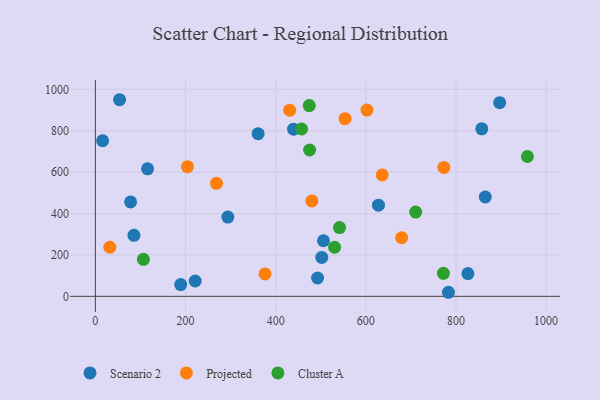
{"axis": {"x": "Speed", "y": "Rating"}, "legend": ["Cluster A", "Projected", "Scenario 2"], "data": [{"x": "189.3", "y": 56.6, "type": "Scenario 2"}, {"x": "221.4", "y": 74.2, "type": "Scenario 2"}, {"x": "293.8", "y": 382.8, "type": "Scenario 2"}, {"x": "857.3", "y": 809.5, "type": "Scenario 2"}, {"x": "115.8", "y": 616.3, "type": "Scenario 2"}, {"x": "826.6", "y": 110.1, "type": "Scenario 2"}, {"x": "78.1", "y": 456.3, "type": "Scenario 2"}, {"x": "16.1", "y": 751.8, "type": "Scenario 2"}, {"x": "85.6", "y": 294.8, "type": "Scenario 2"}, {"x": "506.1", "y": 268.7, "type": "Scenario 2"}, {"x": "783.4", "y": 19.6, "type": "Scenario 2"}, {"x": "502.3", "y": 187.9, "type": "Scenario 2"}, {"x": "865.1", "y": 480.0, "type": "Scenario 2"}, {"x": "628.1", "y": 440.7, "type": "Scenario 2"}, {"x": "493.0", "y": 88.5, "type": "Scenario 2"}, {"x": "897.0", "y": 936.0, "type": "Scenario 2"}, {"x": "439.8", "y": 807.7, "type": "Scenario 2"}, {"x": "361.1", "y": 785.9, "type": "Scenario 2"}, {"x": "53.7", "y": 950.1, "type": "Scenario 2"}, {"x": "431.2", "y": 899.7, "type": "Projected"}, {"x": "268.8", "y": 546.1, "type": "Projected"}, {"x": "602.6", "y": 900.2, "type": "Projected"}, {"x": "376.4", "y": 108.5, "type": "Projected"}, {"x": "636.4", "y": 586.6, "type": "Projected"}, {"x": "480.4", "y": 461.1, "type": "Projected"}, {"x": "679.5", "y": 283.2, "type": "Projected"}, {"x": "204.3", "y": 626.8, "type": "Projected"}, {"x": "773.2", "y": 623.1, "type": "Projected"}, {"x": "554.0", "y": 858.4, "type": "Projected"}, {"x": "32.1", "y": 237.2, "type": "Projected"}, {"x": "474.6", "y": 921.8, "type": "Cluster A"}, {"x": "106.6", "y": 178.7, "type": "Cluster A"}, {"x": "710.7", "y": 407.1, "type": "Cluster A"}, {"x": "772.2", "y": 111.1, "type": "Cluster A"}, {"x": "958.5", "y": 675.8, "type": "Cluster A"}, {"x": "530.7", "y": 237.2, "type": "Cluster A"}, {"x": "457.5", "y": 808.7, "type": "Cluster A"}, {"x": "475.4", "y": 707.2, "type": "Cluster A"}, {"x": "541.7", "y": 332.2, "type": "Cluster A"}]}